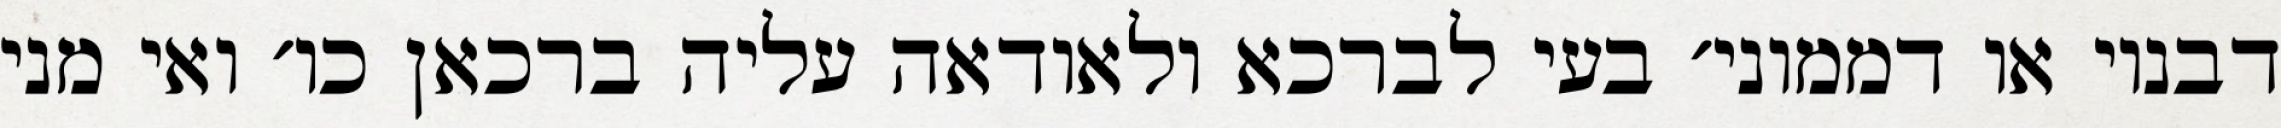
דבנוי או דממוני׳ בעי לברכא ולאודאה עליה ברכאן כו׳ ואי מני